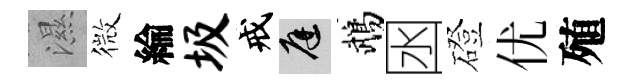
濕微綸圾戒庭鵡囦磴优殖